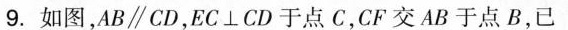
9.如图，AB∥CD，EC⊥CD于点C，CF交AB于点B，已